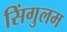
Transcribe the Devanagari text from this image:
सिंगुलम